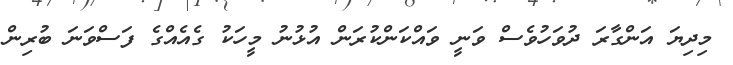
މިދިޔަ އަންގާރަ ދުވަހުވެސް ވަނީ ވައްކަންކުރަން އުޅުނު މީހަކު ގެއެއްގެ ފަސްވަނަ ބުރިން